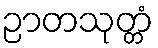
ဉာတသုတ္တံ